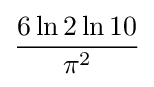
{\frac {6\ln 2\ln 10}{\pi ^{2}}}